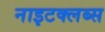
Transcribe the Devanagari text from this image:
नाइटक्लब्स